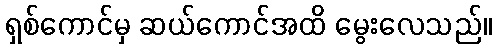
ရှစ်ကောင်မှ ဆယ်ကောင်အထိ မွေးလေသည်။